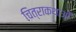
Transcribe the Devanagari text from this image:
चित्राकथाओं